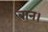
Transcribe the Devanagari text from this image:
बान।